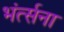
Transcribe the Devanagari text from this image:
भंर्त्सना